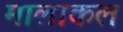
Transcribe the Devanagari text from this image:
मालाकल